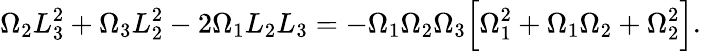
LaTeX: \Omega_{2}L_{3}^{2}+\Omega_{3}L_{2}^{2}-2\Omega_{1}L_{2}L_{3}=-\Omega_{1}\Omega_{2}\Omega_{3}\Big[\Omega_{1}^{2}+\Omega_{1}\Omega_{2}+\Omega_{2}^{2}\Big].